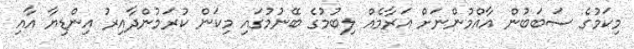
މިކަމުގެ ސަބަބުން އާއްމުންނަށް އަރާމެއް ލިބުމުގެ ބޭނުމުގައި މިކަން ކުރަމުންދާއިރު އިންޑިޔާ އާއި